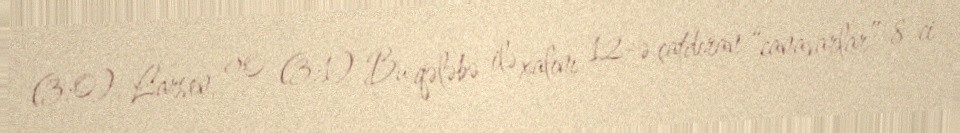
(3:0), Larsen, 90 (3:1) Bu qələbə ilə xalını 12-ə çatdıran “canavarlar” 8-ci